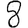
Digit: 8